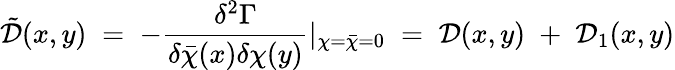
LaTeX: {\tilde{\mathcal D}}(x,y)\; =\; -\frac{\delta^{2}\Gamma}{\delta{\bar{\chi}}(x)\delta\chi(y)}|_{\chi={\bar{\chi}}=0}\; =\; {\mathcal D}(x,y)\; +\; {\mathcal D}_{1}(x,y)